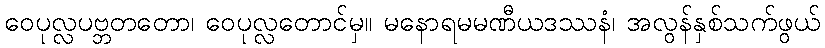
ဝေပုလ္လပဗ္ဘတတော၊ ဝေပုလ္လတောင်မှ။ မနောရမမဏီယဒဿနံ၊ အလွန်နှစ်သက်ဖွယ်